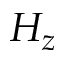
H _ { z }